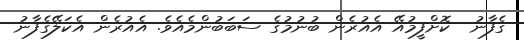
ގެފާނު  ކޮށްފީމުއޭ އެއުރެން ބުނުމުގެ ސަބަބުންމެއެވެ. އެއުރެން އެކަލޭގެފާނު